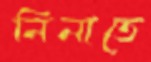
নিনাতে